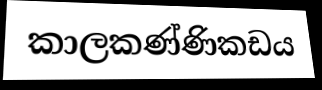
කාලකණ්ණිකඩය